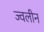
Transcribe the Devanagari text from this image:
ज्वलीन